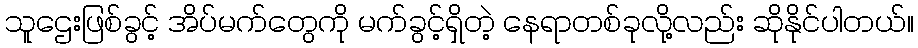
သူဌေးဖြစ်ခွင့် အိပ်မက်တွေကို မက်ခွင့်ရှိတဲ့ နေရာတစ်ခုလို့လည်း ဆိုနိုင်ပါတယ်။